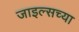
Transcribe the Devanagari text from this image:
जाइल्सच्या